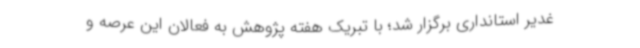
غدیر استانداری برگزار شد؛ با تبریک هفته پژوهش به فعالان این عرصه و